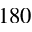
1 8 0